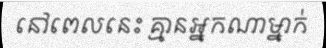
នៅពេលនេះ គ្មានអ្នកណាម្នាក់